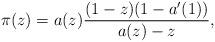
LaTeX: \begin{align*}\pi(z)=a(z)\frac{(1-z)(1-a'(1))}{a(z)-z},\end{align*}